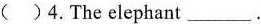
( )4.The elephant ___.